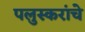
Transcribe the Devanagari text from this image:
पलुस्करांचे